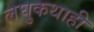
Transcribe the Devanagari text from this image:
लघुकथाही